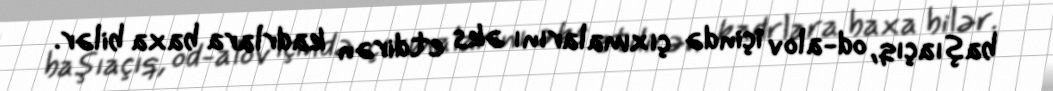
başıaçıq, od-alov içində çıxmalarını əks etdirən kadrlara baxa bilər.